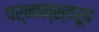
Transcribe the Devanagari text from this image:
पर्नाम्स्वरूप